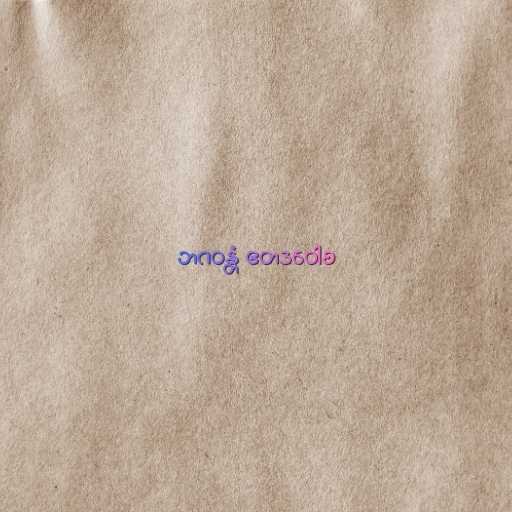
ဘဂဝန္တံ ဧတဒဝေါစ